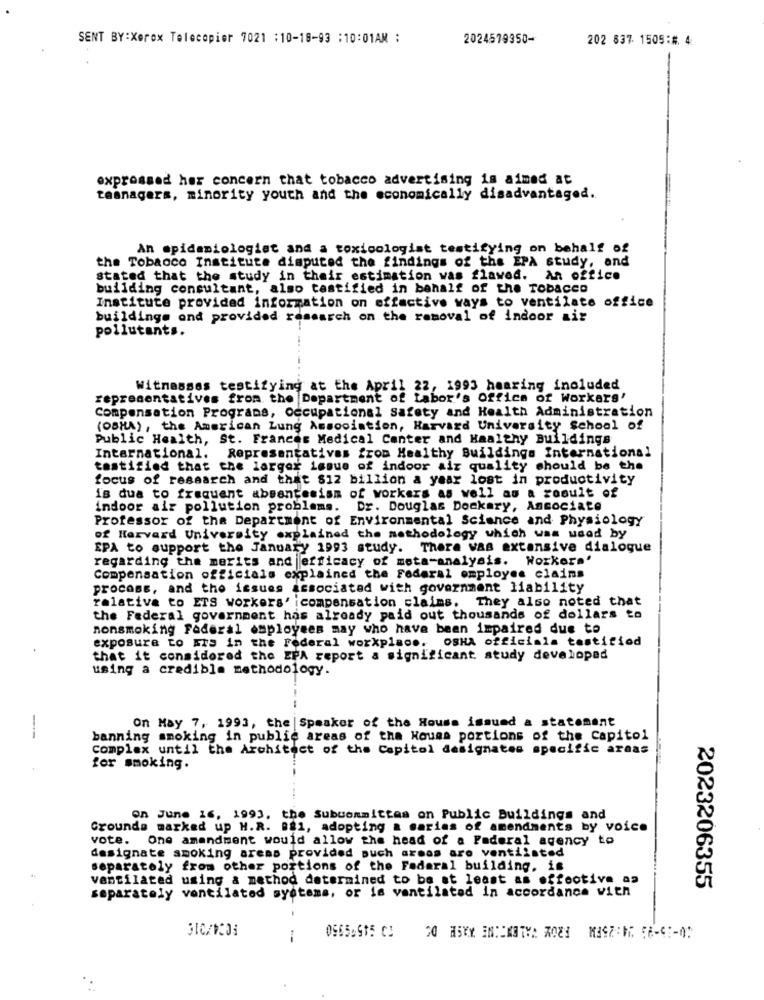
SENT BY:Xerox Telecopier 7021 :10-18-93 :10:01AM :
2024579950-
202 837 1505:# 4
expressed har concern that tobacco advertising is aimed at
teenagers, minority youth and the economically disadvantaged.
An epidemiologiat and a toxicologist testifying on behalf of
the Tobacco Institute disputed the findings of the EPA study, and
stated that the study in their estimation was flawed. An office
building consultant, also testified in behalf of the Tobacco
Institute provided information on offactive ways to ventilate office
buildings and provided research on the removal of indoor air
pollutants.
Witnesses testifying at the April 22, 1993 hearing included
representatives from the Department of Labor's Office of workers'
Compensation Programs, occupational Safety and Health Administration
(OBHA), the American Lung Association, Harvard University School of
Public Health, St. Frances Medical Center and Haaltny Buildings
International. Representativas from Healthy Buildings International
testified that the larger issue of indoor air quality should be the
focus of research and that 812 billion a year lost in productivity
is dua to frequent absencesism of workers as well as a result of
indoor air pollution problems. Dr. Douglas Dockery, Associate
Professor of the Department of Environmental Science and Physiology
of Harvard University explained the methodology which was used by
EPA to support the January 1993 study. There was extensive dialogue
regarding the merits and efficacy of meta-analysis. Workers'
Compensation officials explained the Federal employee claims
process, and the issues associated with government liability
relativa to ETS workers' icompensation claims. They also noted that
the Federal government has already paid out thousands of dollars to
nonsmoking Federal employees may who have been impaired due to
exposure to FTS in the Federal workplace. OSHA officials testified
that it considered the EPA report a significant study developed
using a credible methodology.
On May 7, 1993, the | Speaker of the House issued a statement
-
banning smoking in public areas of the Houes portions of the Capitol
Complex until the Architect of the Capitol designates specific araas
for smoking.
on June 16, 1993, the Subuonmittas on Public Buildings and
Grounds marked up H.R. 881, adopting a marias of amendments by voice
vote. One amendment would allow the head of a Federal agency to
designate smoking areas provided puch areas are ventilated
separately from other portions of the Federal building, is
ventilated using & method determined to be at least as effective aa
separately ventilated systems, or is ventilated in accordance with
2023206355